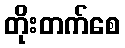
တိုးတက်စေ